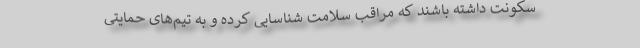
سکونت داشته باشند که مراقب سلامت شناسایی کرده و به تیم‌های حمایتی